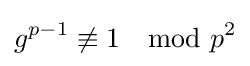
g^{p-1}\not \equiv 1\mod p^{2}